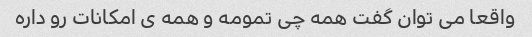
واقعا می توان گفت همه چی تمومه و همه ی امکانات رو داره